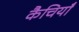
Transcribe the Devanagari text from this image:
कैचियाँ